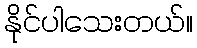
နိုင်ပါသေးတယ်။